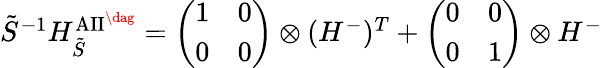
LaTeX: \begin{array}{r}{\tilde{S}^{-1}H_{\mathrm{}\tilde{S}}^{\mathrm{AII}^{\dag}}=\left(\begin{array}{ll}{1}&{0}\\ {0}&{0}\end{array}\right)\otimes(H^{-})^{T}+\left(\begin{array}{ll}{0}&{0}\\ {0}&{1}\end{array}\right)\otimes H^{-}}\end{array}